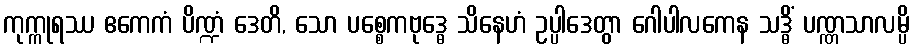
ကုက္ကုရဿ ဧကေကံ ပိဏ္ဍံ ဒေတိ, သော ပစ္စေကဗုဒ္ဓေ သိနေဟံ ဥပ္ပါဒေတွာ ဂေါပါလကေန သဒ္ဓိံ ပဏ္ဏသာလမ္ပိ